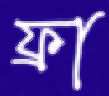
ফ্রা